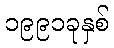
၁၉၉၁ခုနှစ်